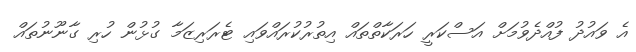
އެ ވައުދު ފުއްދެވުމަށް އަސްކަރީ ހަރަކާތްތައް އިތުުރުކުރައްވައި ޓެރަރިޒަމާ ގުޅުން ހުރި ގާނޫނުތައް